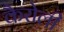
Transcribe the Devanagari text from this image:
कैरोली